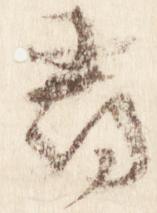
尋